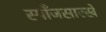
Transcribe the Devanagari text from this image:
स्पाँजसारखे